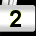
Digit: 2